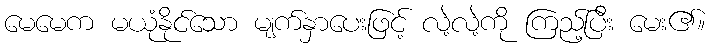
မေမေက မယုံနိုင်သော မျက်နှာပေးဖြင့် လဲ့လဲ့ကို ကြည့်ပြီး မေး၏။